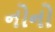
નોનો